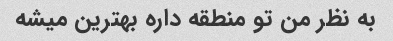
به نظر من تو منطقه داره بهترین میشه